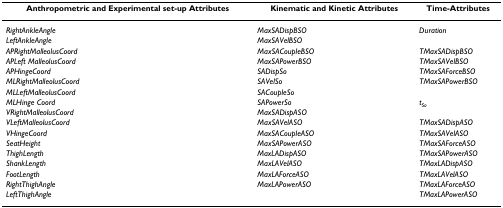
| Anthropometric and Experimental set-up Attributes | Kinematic and Kinetic Attributes | Time-Attributes |
 | --- | --- | --- |
 | RightAnkleAngle | MaxSADispBSO | Duration |
 | LeftAnkleAngle | MaxSAVelBSO |  |
 | APRightMalleolusCoord | MaxSACoupleBSO | TMaxSADispBSO |
 | APLeft MalleolusCoord | MaxSAPowerBSO | TMaxSAVelBSO |
 | APHingeCoord | SADispSo | TMaxSAForceBSO |
 | MLRightMalleolusCoord | SAVelSo | TMaxSAPowerBSO |
 | MLLeftMalleolusCoord | SACoupleSo |  |
 | MLHinge Coord | SAPowerSo | tSo |
 | VRightMalleolusCoord | MaxSADispASO |  |
 | VLeftMalleolusCoord | MaxSAVelASO | TMaxSADispASO |
 | VHingeCoord | MaxSACoupleASO | TMaxSAVelASO |
 | SeatHeight | MaxSAPowerASO | TMaxSAForceASO |
 | ThighLength | MaxLADispASO | TMaxSAPowerASO |
 | ShankLength | MaxLAVelASO | TMaxLADispASO |
 | FootLength | MaxLAForceASO | TMaxLAVelASO |
 | RightThighAngle | MaxLAPowerASO | TMaxLAForceASO |
 | LeftThighAngle |  | TMaxLAPowerASO |